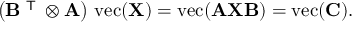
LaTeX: \left( \mathbf { B } ^ { \textsf { T } } \otimes \mathbf { A } \right) \, \operatorname { v e c } ( \mathbf { X } ) = \operatorname { v e c } ( \mathbf { A X B } ) = \operatorname { v e c } ( \mathbf { C } ) .